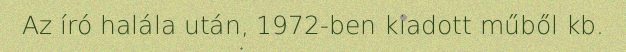
Az író halála után, 1972-ben kiadott műből kb.